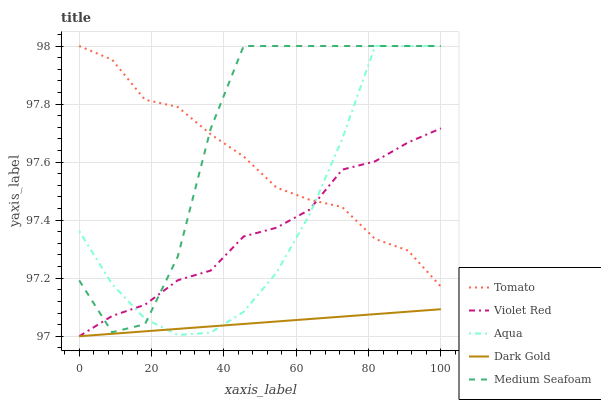
| xaxis_label | Tomato | Violet Red | Aqua | Dark Gold | Medium Seafoam |
 | --- | --- | --- | --- | --- | --- |
 | 0 | 98 | 97 | 97.4 | 97 | 97.2 |
 | 9.09 | 98 | 97.1 | 97.2 | 97 | 97 |
 | 18.2 | 97.8 | 97.1 | 97.1 | 97 | 97 |
 | 27.3 | 97.8 | 97.2 | 97 | 97 | 97.3 |
 | 36.4 | 97.7 | 97.2 | 97 | 97 | 97.7 |
 | 45.5 | 97.6 | 97.3 | 97.1 | 97 | 98 |
 | 54.5 | 97.5 | 97.4 | 97.2 | 97.1 | 98 |
 | 63.6 | 97.5 | 97.4 | 97.4 | 97.1 | 98 |
 | 72.7 | 97.4 | 97.6 | 97.7 | 97.1 | 98 |
 | 81.8 | 97.3 | 97.6 | 98 | 97.1 | 98 |
 | 90.9 | 97.3 | 97.7 | 98 | 97.1 | 98 |
 | 100 | 97.2 | 97.7 | 98 | 97.1 | 98 |